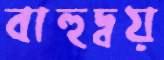
বাহুদ্বয়